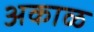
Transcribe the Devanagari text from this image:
अकाळ